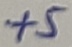
Text: +5V